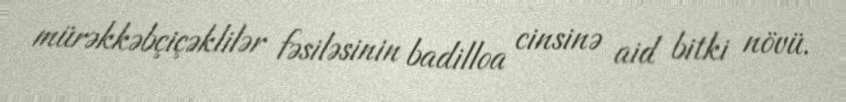
mürəkkəbçiçəklilər fəsiləsinin badilloa cinsinə aid bitki növü.